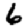
Digit: 6